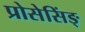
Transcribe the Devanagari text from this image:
प्रोसेसिंङ्